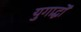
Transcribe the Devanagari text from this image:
युगार्द्धों